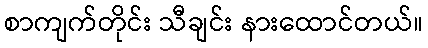
စာကျက်တိုင်း သီချင်း နားထောင်တယ်။